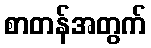
စာတန်အတွက်